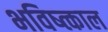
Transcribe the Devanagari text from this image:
भविष्त्काल